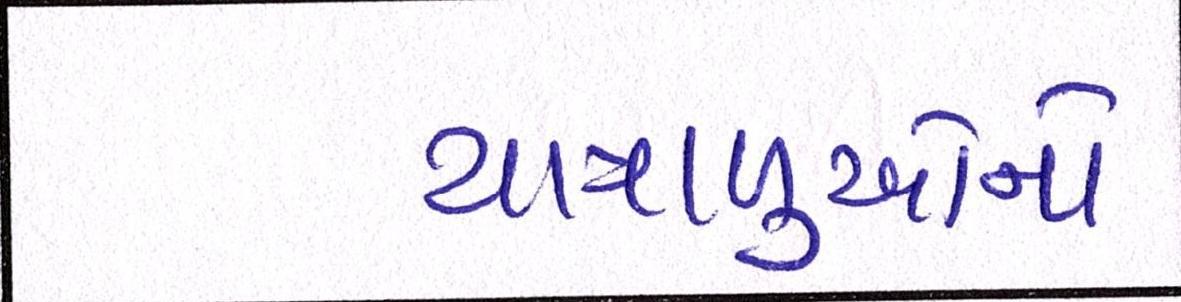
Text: યાત્રાળુઓનો